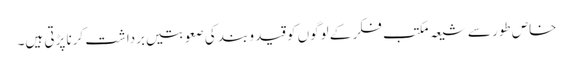
خاص طور سے شیعہ مکتب فکر کے لوگوں کو قید و بند کی صعوبتیں برداشت کرنا پڑتی ہیں۔